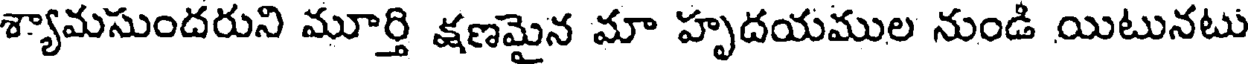
శ్యామసుందరుని మూర్తి క్షణమైన మా హృదయముల నుండి యిటునటు